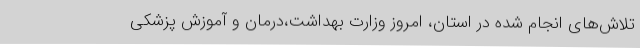
تلاش‌های انجام شده در استان، امروز وزارت بهداشت،درمان و آموزش پزشکی